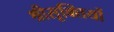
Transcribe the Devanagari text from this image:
श्रीसूक्तियों